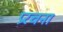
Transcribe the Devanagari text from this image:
प्ररचना